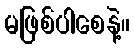
မဖြစ်ပါစေနဲ့။